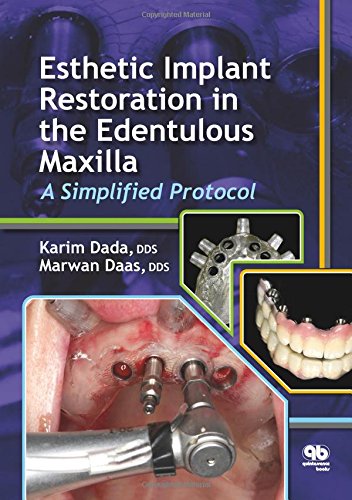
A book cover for Esthetic Implant Restoration in the Edentulous Maxilla: A Simplified Protocol; Karim Dada; Medical Books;